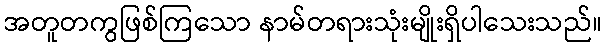
အတူတကွဖြစ်ကြသော နာမ်တရားသုံးမျိုးရှိပါသေးသည်။